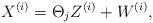
LaTeX: \begin{align*} X^{(i)} = \Theta_j Z^{(i)} + W^{(i)},\end{align*}